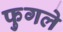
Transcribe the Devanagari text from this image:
फुगले